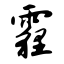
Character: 霾